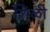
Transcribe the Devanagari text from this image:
शिळी